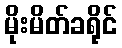
မိုးမိတ်ခရိုင်